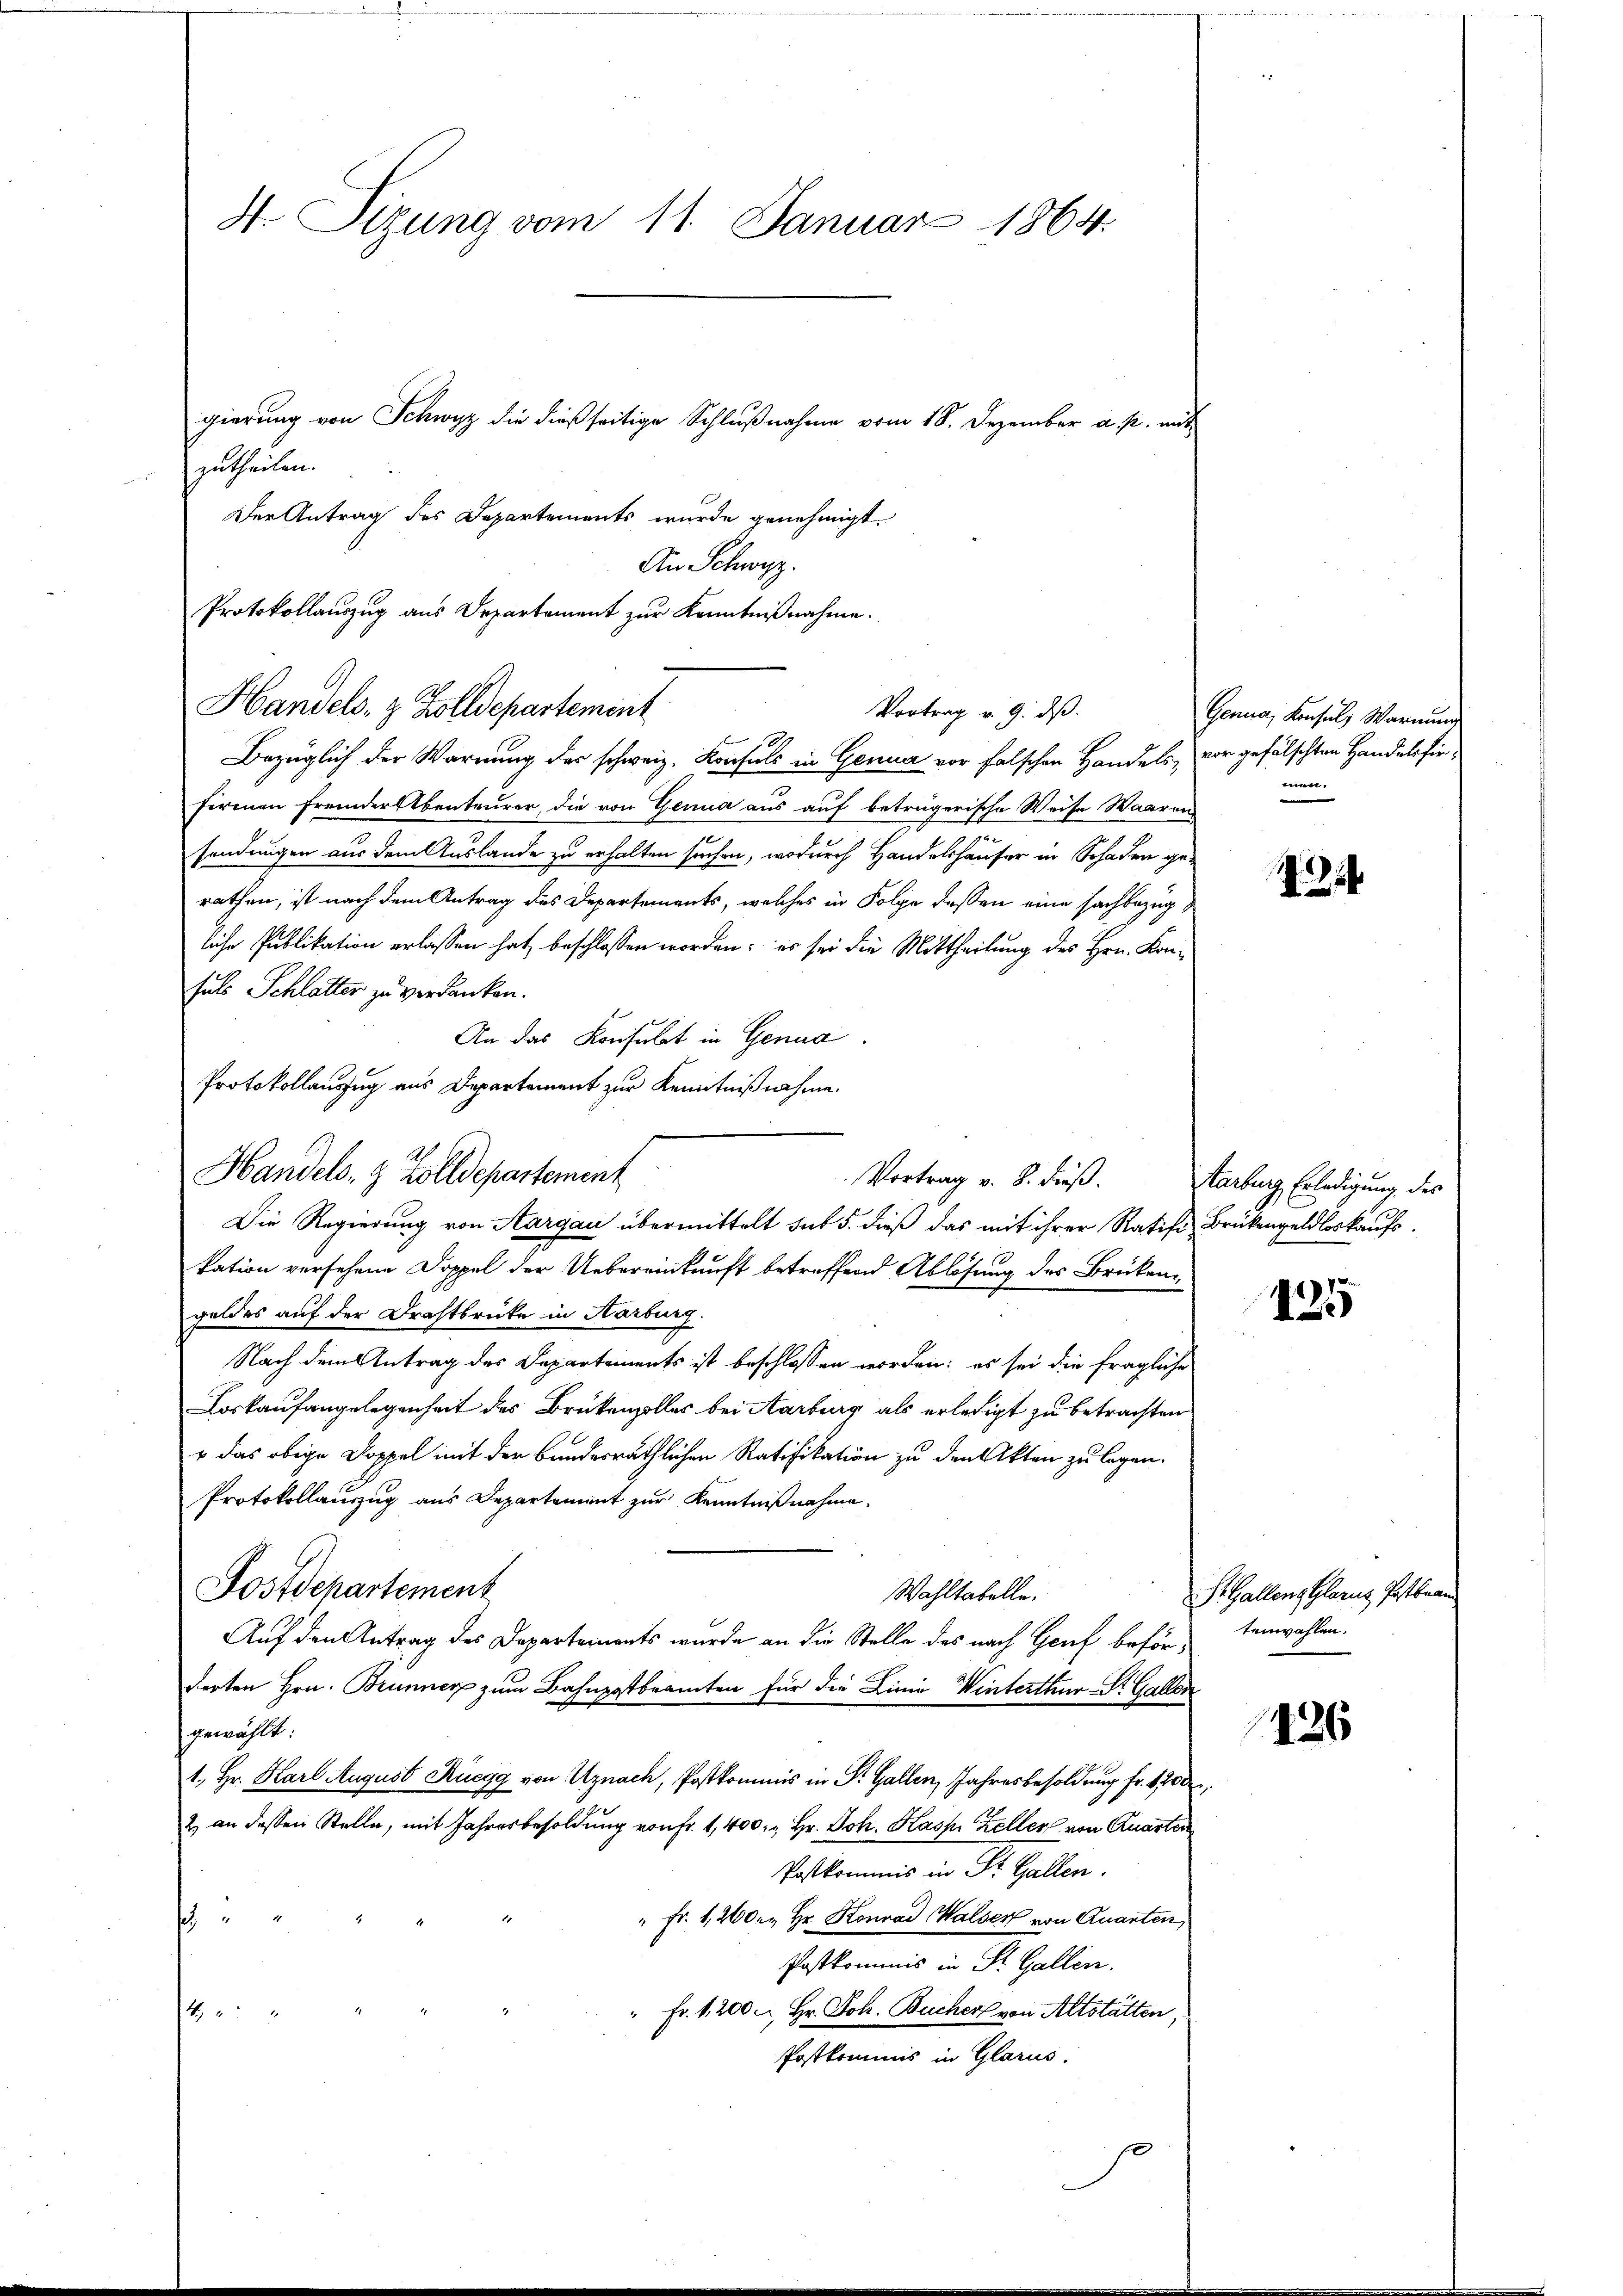
H. Sizung vom 11. Januar 1864.

An Schwyz.
Protokollauszug aus Departement zur Kenntnißnahme.
Handels- & Zolldepartement
Vortrag v. 9. ds.

gierung von Schwyz die dießseitige Schlußnahme vom 18. Dezember a. p. mit
zutheilen.
Der Antrag des Departements wurde genehmigt.
Bezüglich der Warnung der schweiz. Konsuls in Genur vor falschen Handels, vor gefälschten Handelsfirfirmen Fremderstenteurer, die von Genua aus auf beträgerische Weise Waaren
sendungen aus dem Auslande zu erhalten suchen, wodurch Handelshäuser in Schaden gerathen, ist nach dem Antrag des Departements, welches in Folge dessen eine sachbezügliche Publikation erlassen hat, beschlossen worden; es sei die Mittheilung des Hrn. Konsuls Schlatter zu verdanken.
An das Konsulat in Genua
Protokollauszug aus Departement zur Kenntnißnahme.
Vortrag v. 8. dieß.
Die Regierung von Aargau übermittelt sub 5. dieß das mit ihrer Ratifi- Brükengeldloskaufskation versehene Doppel der Uebereinkunft betreffend Ablösung des Brükengeldes auf der Drahtbrücke in Aarburg.
Nach dem Antrag des Departements ist beschlossen worden: es sei die fragliche
Loskaufangelegenheit des Brükenzolles bei Aarburg als erledigt zu betrachten
+ das obige Doppel mit der bundesräthlichen Ratifikation zu den Akten zu legen.
Protokollauszug aus Departement zur Kenntnißnahme.
Postdepartement
Wahltabelle.
Auf den Antrag des Departements wurde an die Stelle des nach Genf befördorten Hrn. Brunner zum Bahnpostbeamten für die Linie Winterthur St. Gallen
gewählt:
1. Hr. Karl August Rüegg von Uznach, Postkommis in Dr. Gallen, Jahresbesoldung fr. 1700
2) an dessen Stelle, mit Jahresbesoldung von Fr. 1, 400. " Hr. Joh. Kasp. Keller von Quarter
Postkommis in St. Gallen.
" Fr. 1,260. Hr. Konrad Walser von Quanten,

Postkommis in St. Gallen.
Fr. 1200 . Hr. Joh. Bucher von Altstätten,
n
Postkommis in Glarus.

Handels- & Zolldepartement

Genua, Konsuls Warnung
mne

12

Startung Erledigung des

125

S. Gallenz Glarus Postbran
tenwahlen.

426